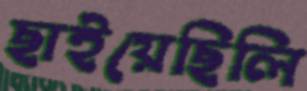
ছাইয়েছিলি